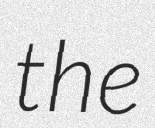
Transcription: the